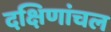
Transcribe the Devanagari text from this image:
दक्षिणांचल